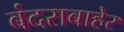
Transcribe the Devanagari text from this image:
बंदराबाहेर